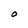
Character: O